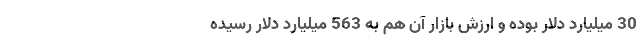
30 میلیارد دلار بوده و ارزش بازار آن هم به 563 میلیارد دلار رسیده